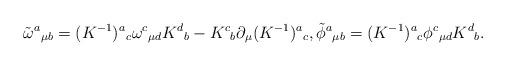
LaTeX: \begin{align*}\tilde{\omega}^a{}_{\mu b}=(K^{-1})^a{}_c\omega^c{}_{\mu d}K^d{}_{b}-K^c{}_{b}\partial_\mu (K^{-1})^a{}_{c},\tilde{\phi}^a{}_{\mu b}= (K^{-1})^a{}_{c}\phi^c{}_{\mu d}K^d{}_b.\end{align*}